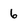
Character: 6